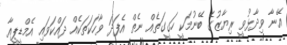
އޭނާ ވިދާޅުވީ ރިޔާޒުގެ ބޭނުމަކީ ހަގީގަތެއް ނެތް އެފަދަ ވާހަކަތަކެއް ދައްކަވައި އެމްޑީޕީއާ